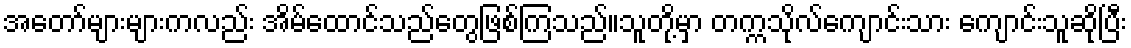
အတော်များများကလည်း အိမ်ထောင်သည်တွေဖြစ်ကြသည်။သူတို့မှာ တက္ကသိုလ်ကျောင်းသား ကျောင်းသူဆိုပြီး